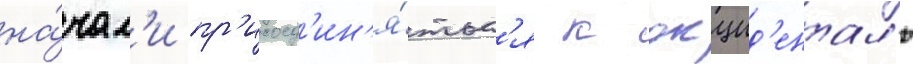
на́чал'и пр'исоед'ин'я́тьс'я к окцид'ентал'ю